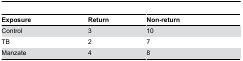
<table><thead><tr><td><b>Exposure</b></td><td><b>Return</b></td><td><b>Non-return</b></td></tr></thead><tbody><tr><td>Control</td><td>3</td><td>10</td></tr><tr><td>TB</td><td>2</td><td>7</td></tr><tr><td>Manzate</td><td>4</td><td>8</td></tr></tbody></table>